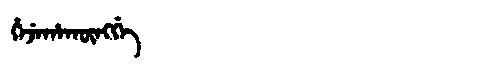
Manchu: ᡥᡝᠵᡝᡥᠠᡴᡡᠩᡤᡝ
Romanization: HEJEHAKŪNGGE